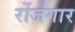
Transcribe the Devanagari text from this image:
र्रोजगार